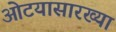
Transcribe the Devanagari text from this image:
ओटयासारख्या